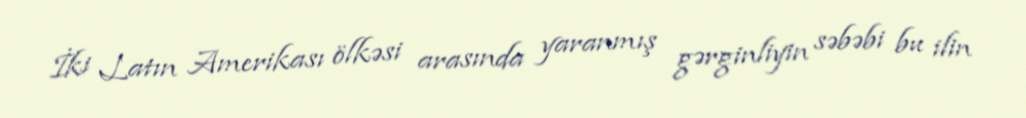
İki Latın Amerikası ölkəsi arasında yaranmış gərginliyin səbəbi bu ilin